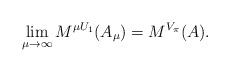
LaTeX: \begin{align*}\lim_{\mu \to \infty}M^{\mu U_1}(A_{\mu}) = M^{V_{\pi}}(A).\end{align*}